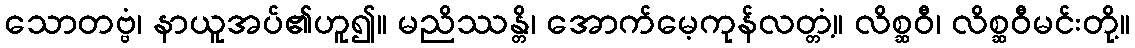
သောတဗ္ဗံ၊ နာယူအပ်၏ဟူ၍။ မညိဿန္တိ၊ အောက်မေ့ကုန်လတ္တံ့။ လိစ္ဆဝီ၊ လိစ္ဆဝီမင်းတို့။